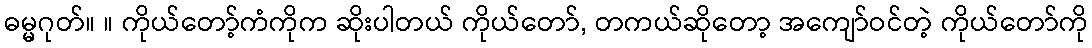
ဓမ္မဂုတ်။ ။ ကိုယ်တော့်ကံကိုက ဆိုးပါတယ် ကိုယ်တော်, တကယ်ဆိုတော့ အကျော်ဝင်တဲ့ ကိုယ်တော်ကို